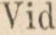
Vid